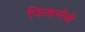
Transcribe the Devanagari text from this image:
फिकर्सची